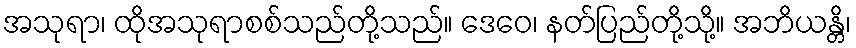
အသုရာ၊ ထိုအသုရာစစ်သည်တို့သည်။ ဒေဝေ၊ နတ်ပြည်တို့သို့။ အဘိယန္တိ၊